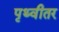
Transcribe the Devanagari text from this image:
पृथ्वीतर